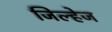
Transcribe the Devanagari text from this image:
जिल्हेज